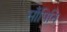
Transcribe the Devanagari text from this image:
साँपिनि